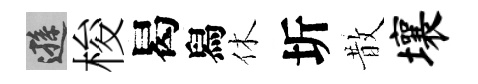
遜梭曷舄休圻散壤